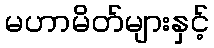
မဟာမိတ်များနှင့်